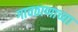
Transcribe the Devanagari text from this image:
गावठाणाच्या